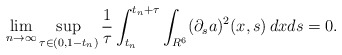
\begin{align*}\lim_{n\to\infty}\sup_{\tau\in(0,1-t_n)}\frac{1}{\tau}\int_{t_n}^{t_n+\tau}\int_{R^6}(\partial_sa)^2(x,s)\,dxds=0.\end{align*}